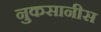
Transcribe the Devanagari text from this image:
नुकसानीस